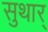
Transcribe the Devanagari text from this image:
सुथार्